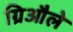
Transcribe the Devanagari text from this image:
ग्रिऔले